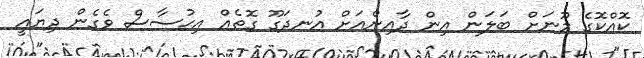
ކޮއްކޮގެ މޫނަށް ބަލަން އިން ދާއިންއަށް އުނދަގޫ ގޮތެއް އިޙުސާސް ވެގެން ދިޔައީ